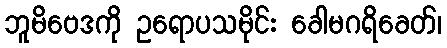
ဘူမိဗေဒကို ဥရောပသမိုင်း ခေါမဂရိခေတ်၊